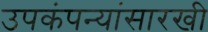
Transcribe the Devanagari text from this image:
उपकंपन्यांसारखी